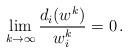
LaTeX: \begin{align*}\lim_{k\to \infty}\frac{d_i(w^k)}{w^k_i}=0\,.\end{align*}